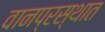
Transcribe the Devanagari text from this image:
वानप्रस्थात